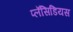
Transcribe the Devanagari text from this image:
प्लॅसिडियस